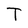
Character: T